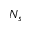
N _ { s }